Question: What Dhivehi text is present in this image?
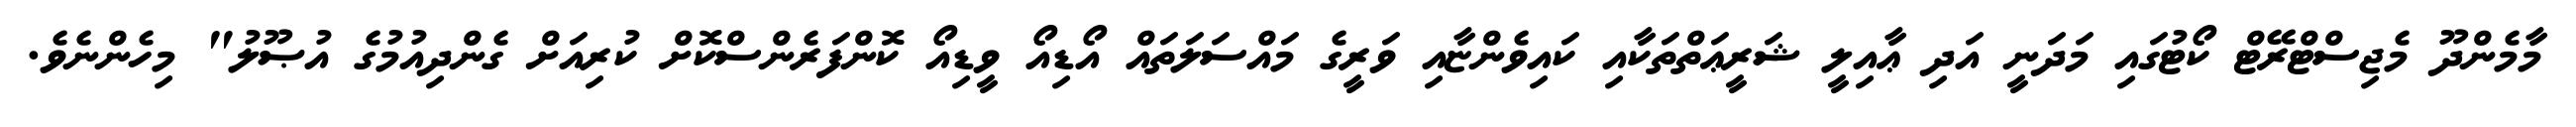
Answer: މާމެންދޫ މެޖިސްޓްރޭޓް ކޯޓުގައި މަދަނީ އަދި ޢާއިލީ ޝަރީޢަތްތަކާއި ކައިވެންޏާއި ވަރީގެ މައްސަލަތައް އޯޑިއޯ ވީޑިއޯ ކޮންފަރެންސްކޮށް ކުރިއަށް ގެންދިއުމުގެ އުޞޫލު" މިހެންނެވެ.